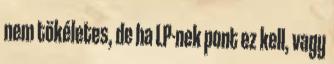
nem tökéletes, de ha LP-nek pont ez kell, vagy